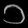
Digit: ၁